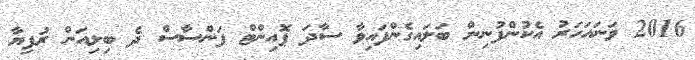
2016 ވަނައަހަރު އެކުންފުނިން ބަލައިގެންފައިވާ ސާދަ ޕޮއިންޓް ފަންސާސް ދެ ބިލިއަން ރުފިޔާ